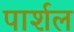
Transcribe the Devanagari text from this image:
पार्शल